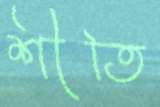
শীতি